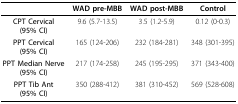
|  | WAD pre-MBB | WAD post-MBB | Control |
 | --- | --- | --- | --- |
 | CPT Cervical(95% CI) | 9.6 (5.7-13.5) | 3.5 (1.2-5.9) | 0.12 (0-0.3) |
 | PPT Cervical(95% CI) | 165 (124-206) | 232 (184-281) | 348 (301-395) |
 | PPT Median Nerve(95% CI) | 217 (174-258) | 245 (195-295) | 371 (343-400) |
 | PPT Tib Ant(95% CI) | 350 (288-412) | 381 (310-452) | 569 (528-608) |